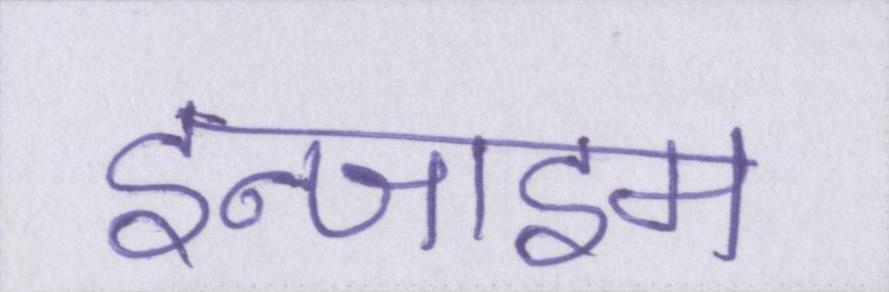
इन्जाइम